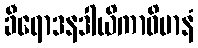
ခီရောဒနဒါယိကာဝိမာနံ